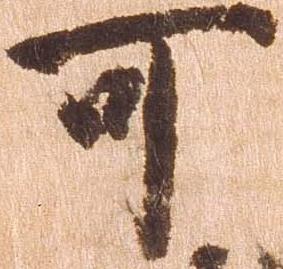
可